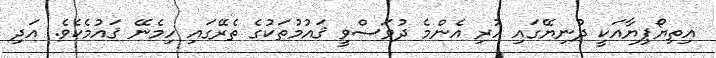
އިތިޔޯޕިޔާއަކީ ދުނިޔޭގައި ހުރި އެންމެ ދުވަސްވީ ޤައުމުތަކުގެ ތެރޭގައި ހިމެނޭ ޤައުމެކެވެ. އަދި